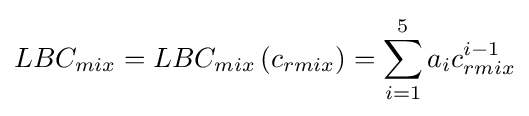
LBC_{mix}=LBC_{mix}\left(c_{rmix}\right)=\sum _{i=1}^{5}a_{i}c_{rmix}^{i-1}